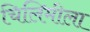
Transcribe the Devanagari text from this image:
चिलिमीला